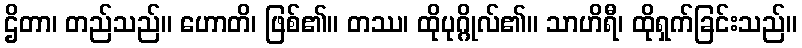
ဌိတာ၊ တည်သည်။ ဟောတိ၊ ဖြစ်၏။ တဿ၊ ထိုပုဂ္ဂိုလ်၏။ သာဟိရီ၊ ထိုရှက်ခြင်းသည်။